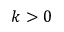
k > 0